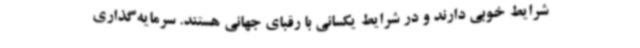
شرایط خوبی دارند و در شرایط یکسانی با رقبای جهانی هستند. سرمایه‌گذاری